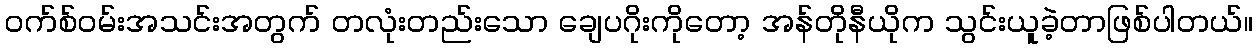
၀က်စ်ဝမ်းအသင်းအတွက် တလုံးတည်းသော ချေပဂိုးကိုတော့ အန်တိုနီယိုက သွင်းယူခဲ့တာဖြစ်ပါတယ်။